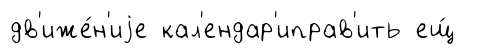
дв'иже́н'иjе кал'ендар'иправ'ить ещ́